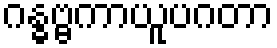
ဂန္ဓဗ္ဗကာယူပဂတာ